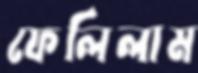
ফেলিলাম